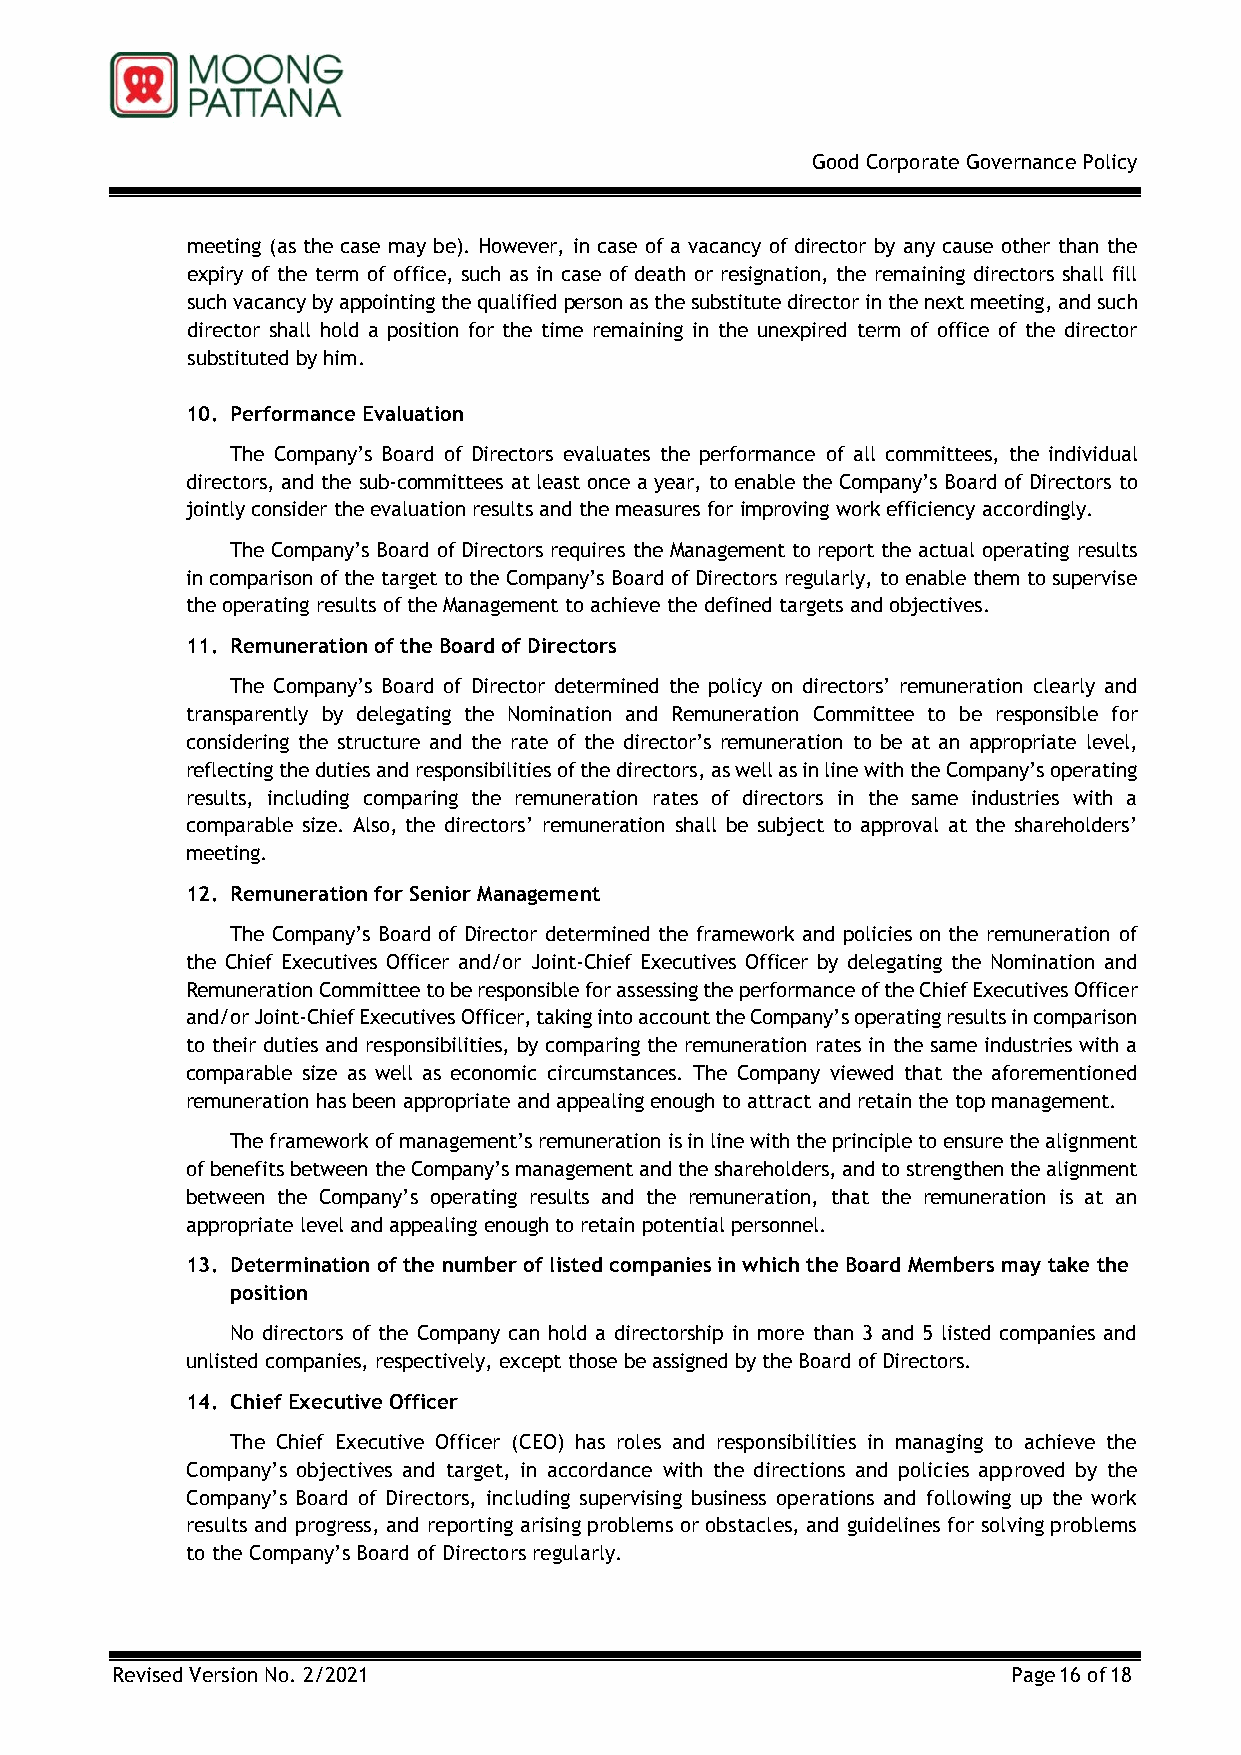
Good Corporate Governance Policy
 meeting (as the case may be). However, in case of a vacancy of director by any cause other than the
 expiry of the term of office, such as in case of death or resignation, the remaining directors shall fill
 such vacancy by appointing the qualified person as the substitute director in the next meeting, and such
 director shall hold a position for the time remaining in the unexpired term of office of the director
 substituted by him.
 10. Performance Evaluation
 The Company’s Board of Directors evaluates the performance of all committees, the individual
 directors, and the sub-committees at least once a year, to enable the Company’s Board of Directors to
 jointly consider the evaluation results and the measures for improving work efficiency accordingly.
 The Company’s Board of Directors requires the Management to report the actual operating results
 in comparison of the target to the Company’s Board of Directors regularly, to enable them to supervise
 the operating results of the Management to achieve the defined targets and objectives.
 11. Remuneration of the Board of Directors
 The Company’s Board of Director determined the policy on directors’ remuneration clearly and
 transparently by delegating the Nomination and Remuneration Committee to be responsible for
 considering the structure and the rate of the director’s remuneration to be at an appropriate level,
 reflecting the duties and responsibilities of the directors, as well as in line with the Company’s operating
 results, including comparing the remuneration rates of directors in the same industries with a
 comparable size. Also, the directors’ remuneration shall be subject to approval at the shareholders’
 meeting.
 12. Remuneration for Senior Management
 The Company’s Board of Director determined the framework and policies on the remuneration of
 the Chief Executives Officer and/or Joint-Chief Executives Officer by delegating the Nomination and
 Remuneration Committee to be responsible for assessing the performance of the Chief Executives Officer
 and/or Joint-Chief Executives Officer, taking into account the Company’s operating results in comparison
 to their duties and responsibilities, by comparing the remuneration rates in the same industries with a
 comparable size as well as economic circumstances. The Company viewed that the aforementioned
 remuneration has been appropriate and appealing enough to attract and retain the top management.
 The framework of management’s remuneration is in line with the principle to ensure the alignment
 of benefits between the Company’s management and the shareholders, and to strengthen the alignment
 between the Company’s operating results and the remuneration, that the remuneration is at an
 appropriate level and appealing enough to retain potential personnel.
 13. Determination of the number of listed companies in which the Board Members may take the
 position
 No directors of the Company can hold a directorship in more than 3 and 5 listed companies and
 unlisted companies, respectively, except those be assigned by the Board of Directors.
 14. Chief Executive Officer
 The Chief Executive Officer (CEO) has roles and responsibilities in managing to achieve the
 Company’s objectives and target, in accordance with the directions and policies approved by the
 Company’s Board of Directors, including supervising business operations and following up the work
 results and progress, and reporting arising problems or obstacles, and guidelines for solving problems
 to the Company’s Board of Directors regularly.
 Revised Version No. 2/2021                                  Page 16 of 18